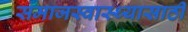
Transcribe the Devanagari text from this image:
समाजस्वास्थ्यासाठी